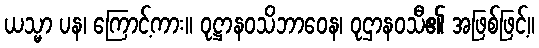
ယသ္မာ ပန၊ ကြောင့်ကား။ ဝုဋ္ဌာနဝသိဘာဝေန၊ ဝုဌာနဝသီ၏ အဖြစ်ဖြင့်။